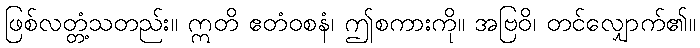
ဖြစ်လတ္တံ့သတည်း။ ဣတိ ဧတံဝစနံ၊ ဤစကားကို။ အဗြဝိ၊ တင်လျှောက်၏။